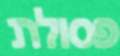
פסולת